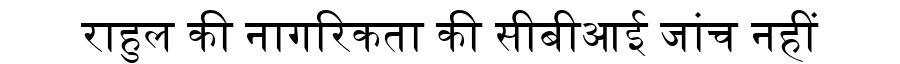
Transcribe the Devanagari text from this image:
राहुल की नागरिकता की सीबीआई जांच नहीं